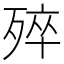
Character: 𣨛